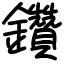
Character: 鑽